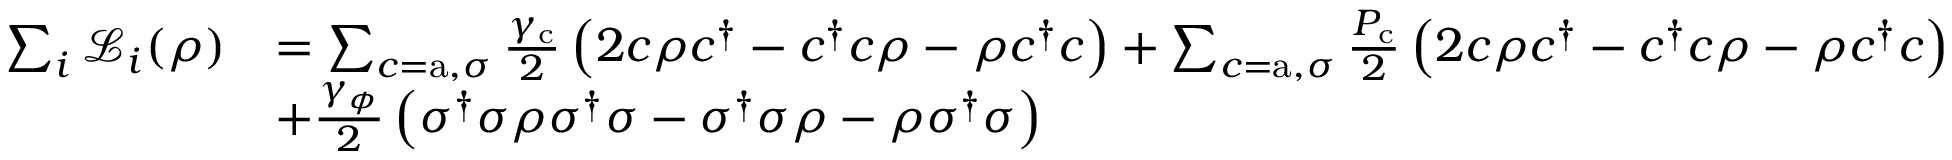
\begin{array} { r l } { \sum _ { i } \mathcal { L } _ { i } ( \rho ) } & { = \sum _ { c = \mathrm { a } , \sigma } \frac { \gamma _ { \mathrm { c } } } { 2 } \left( 2 c \rho c ^ { \dagger } - c ^ { \dagger } c \rho - \rho c ^ { \dagger } c \right) + \sum _ { c = \mathrm { a } , \sigma } \frac { P _ { \mathrm { c } } } { 2 } \left( 2 c \rho c ^ { \dagger } - c ^ { \dagger } c \rho - \rho c ^ { \dagger } c \right) } \\ & { + \frac { \gamma _ { \phi } } { 2 } \left( \sigma ^ { \dagger } \sigma \rho \sigma ^ { \dagger } \sigma - \sigma ^ { \dagger } \sigma \rho - \rho \sigma ^ { \dagger } \sigma \right) } \end{array}